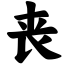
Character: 丧